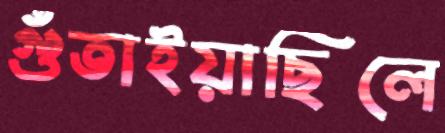
গুঁতাইয়াছিলে